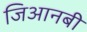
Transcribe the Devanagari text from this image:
जिआनबी